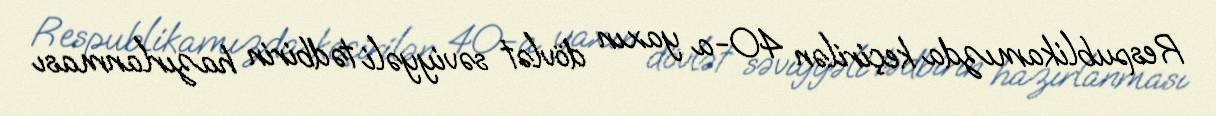
Respublikamızda keçirilən 40-a yaxın dövlət səviyyəli tədbirin hazırlanması